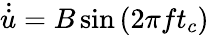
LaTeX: \dot{\dot{u}}=B\sin{\left(2\pi ft_{c}\right)}